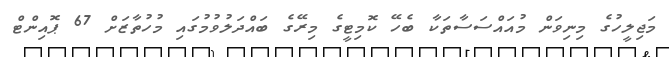
މަޖިލީހުގެ މިނިވަން މުއައްސަސާތަކާ ބެހޭ ކޮމިޓީގެ މިރޭގެ ބައްދަލުވުމުގައި މުހުތާޒަށް 67 ޕޮއިންޓް